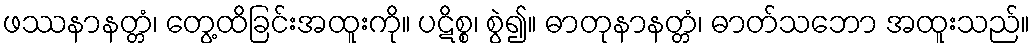
ဖဿနာနတ္တံ၊ တွေ့ထိခြင်းအထူးကို။ ပဋိစ္စ၊ စွဲ၍။ ဓာတုနာနတ္တံ၊ ဓာတ်သဘော အထူးသည်။